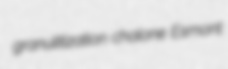
granulitization chalone Esmont